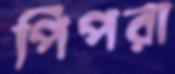
পিপরা